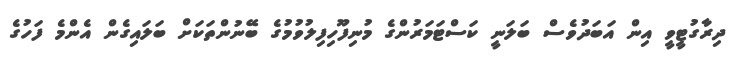
ދިރާގުޓީވީ އިން އަބަދުވެސް ބަލަނީ ކަސްޓަމަރުންގެ މުނިފޫހިފިލުވުމުގެ ބޭނުންތަކަށް ބަލައިގެން އެންމެ ފަހުގެ